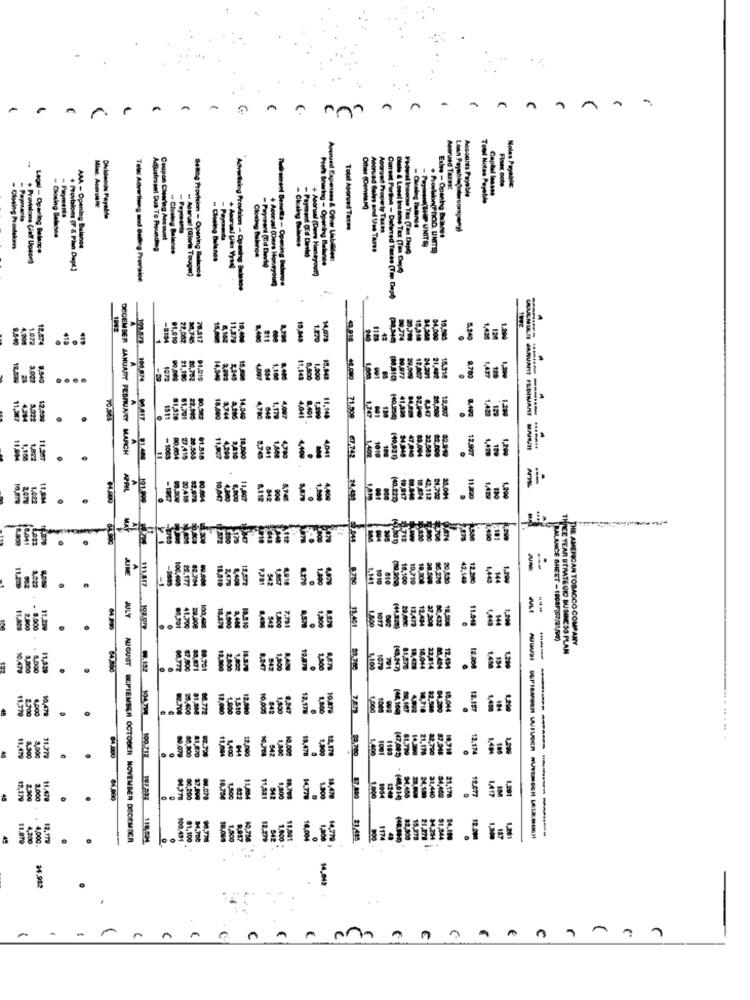
-
..
A
A
Adored TaceEt
Accounts Payable
Capital lesses
Holas Payable
Tell Notes Payable
- Payments
Dividends Payable
Total Aporad Terme
Accrued Property Taxes
- Closing Balance
Coupon Chewing Account
- Peyman(HP UNITS)
Exhe - Opening Belanet
- Closing Provekers
Legal - Opening Balance
AAA - Opening Balance
Adjustesent Dus To Founding
Closing Balance
Accrued Gales and Use Taxes
. Previalons (luf Upson)
Fadwel Inemine Tex (Tax Dopg
+ Provisions (F & Plan Depl)
Benog Provision - Opening Balance
+ Aborual (Ders Heteyou))
Profit Sharing - Opening Balance
Telal Advertising and Belling Provision
Pedroment Benetts - Opening Balance
Advertising Provision - Opening Bulesos
Current Portion - Datared Taras (Tour Dep))
1942
.
01.010
12,745
78.417
18.489
10,043
120
A
120
-
11.5%
9.540
-29
1072
21.100
91.010
15,000
11.143
8,800
1,200
8.700
A
11,14
1.4mm
11.307
3.021
12.439
70 M3
1511
81,791
22,040
18,400
3.744
14.049
120
DECEMBER JANUARY FEBRUARY MARCH
18,500
1,400
1.499
1,200
11.004
1.100
100 874 0,017 1400
DA15
20,583
$1.518
11,907
2,410
19918 46.000 71,509 67-742
1019
140,920)
.
12,907
APRIL
-1967
20,418
80.604
10,00
542
4.400
14222
MAY
1.250
5175
101
3.17
2,470
4,408
542
1,857
1.270
.141
1919
610
86.276
12.300
ff
JULY
100.04.
7.71
50.432
2.000
3.500
11.22
64 PM
41.70€
LAN
5-M
1.800
1,300
11,491
TRALANCE SHEET -10081(07/21/99)
THE AMERICAN TOBACCO COMPANY
CE YEAR BYMATE OR BUSINESS PLAN
1,4%
---
1,329
30,671
88.701
2.800
542
1,200
19.47
1079
81,476
15.044
22.014
12.200
11.779
4.000
400
80.772
1,900
04.200
18.044
12.197
1,48
2.700
81.570
W.70
19.000
13.478
1,200
12,17
1189
61.729
21.178
22.700
10.710
.
12.174
1,49
1.29
11,479
11.779
.152 104.790 100.218
69.079
14 390
11,A2
889
1.291
12,170
2.300
3.000
11 479
84,990
10,75€
1,500
1,800
1.900
18,479
- 1 800
1240
94.458
34,10
31.440
12.077
45
12.179
AUGUST SEPTEMBER OCTOBER NOVEMBER DECEMBER
100.431
81,100
34,700
1,500
-
9-4-234
187
10,750 :
24,952
14,942 .
-
C